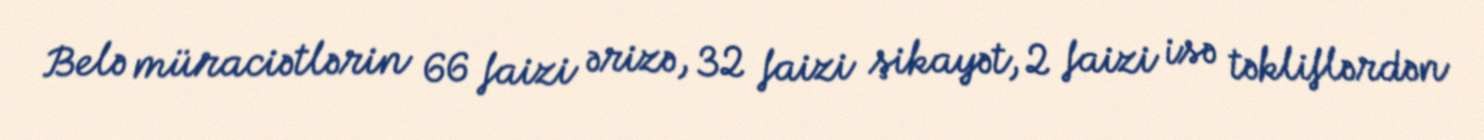
Belə müraciətlərin 66 faizi ərizə, 32 faizi şikayət, 2 faizi isə təkliflərdən